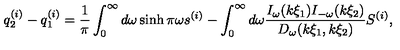
q _ { 2 } ^ { ( i ) } - q _ { 1 } ^ { ( i ) } = \frac { 1 } { \pi } \int _ { 0 } ^ { \infty } d \omega \sinh \pi \omega s ^ { ( i ) } - \int _ { 0 } ^ { \infty } d \omega \frac { I _ { \omega } ( k \xi _ { 1 } ) I _ { - \omega } ( k \xi _ { 2 } ) } { D _ { \omega } ( k \xi _ { 1 } , k \xi _ { 2 } ) } S ^ { ( i ) } ,